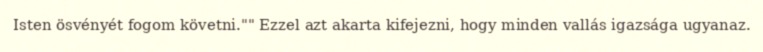
Isten ösvényét fogom követni."" Ezzel azt akarta kifejezni, hogy minden vallás igazsága ugyanaz.